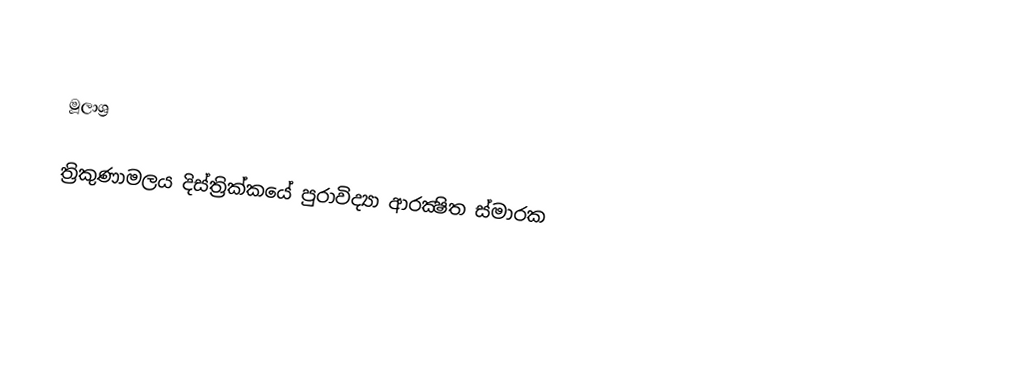

මූලාශ්‍ර

ත්‍රිකුණාමලය දිස්ත්‍රික්කයේ පුරාවිද්‍යා ආරක්‍ෂිත ස්මාරක